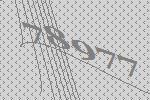
78977